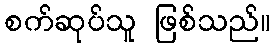
စက်ဆုပ်သူ ဖြစ်သည်။